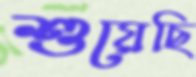
শুয়েছি